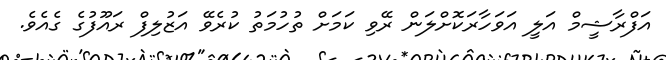
އަފްރާޝީމް އަލީ އަވަހާރަކޮށްލަން ރޭވި ކަމަށް ތުހުމަތު ކުރެވޭ އަޒުލިފް ރައޫފުގެ ގެއެވެ.